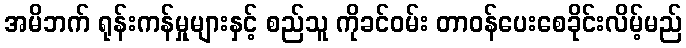
အမိဘက် ရုန်းကန်မှုများနှင့် စည်သူ ကိုခင်ဝမ်း တာဝန်ပေးစေခိုင်းလိမ့်မည်